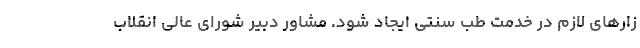
زارهای لازم در خدمت طب سنتی ایجاد شود. مشاور دبیر شورای عالی انقلاب